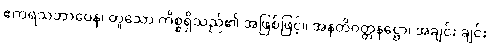
ဧကရသဘာဝေန၊ တူသော ကိစ္စရှိသည်၏ အဖြစ်ဖြင့်။ အနတိဝတ္တနဋ္ဌော၊ အချင်း ချင်း